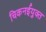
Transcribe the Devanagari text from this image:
चिकनईयुक्त